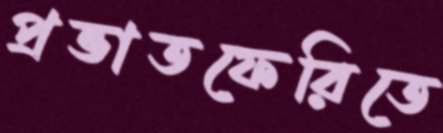
প্রভাতফেরিতে